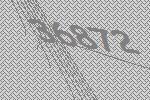
36872